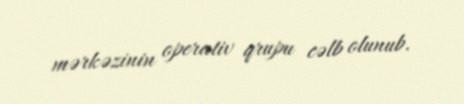
mərkəzinin operativ qrupu cəlb olunub.